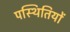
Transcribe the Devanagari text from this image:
पस्थितियों